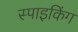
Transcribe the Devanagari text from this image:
स्पाइकिंग